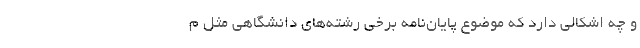
و چه اشکالی دارد که موضوع پایان‌نامه برخی رشته‌های دانشگاهی مثل م